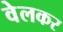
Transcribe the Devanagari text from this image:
वेलकर